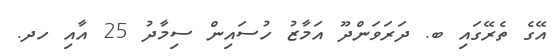
އޭގެ ތެރޭގައި ބ. ދަރަވަންދޫ އަމާޒު ހުސައިން ސިމާދު 25 އާއި ހދ.